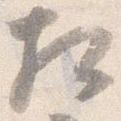
相